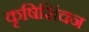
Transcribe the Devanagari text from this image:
कृषिसिंचन